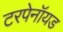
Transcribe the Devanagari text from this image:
टरपेनॉयड